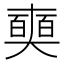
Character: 𠁗